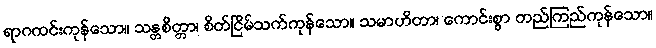
ရာဂကင်းကုန်သော။ သန္တစိတ္တာ၊ စိတ်ငြိမ်သက်ကုန်သော။ သမာဟိတာ၊ ကောင်းစွာ တည်ကြည်ကုန်သော။